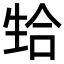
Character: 𬎴